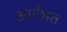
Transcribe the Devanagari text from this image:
आर्यभत